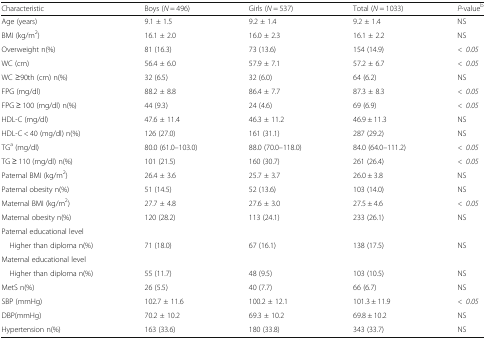
<table><thead><tr><td><b>Characteristic</b></td><td><b>Boys (<i>N</i> = 496)</b></td><td><b>Girls (<i>N</i> = 537)</b></td><td><b>Total (<i>N</i> = 1033)</b></td><td><b><i>P</i>-value<sup>b</sup></b></td></tr></thead><tbody><tr><td>Age (years)</td><td>9.1 ± 1.5</td><td>9.2 ± 1.4</td><td>9.2 ± 1.4</td><td>NS</td></tr><tr><td>BMI (kg/m<sup>2</sup>)</td><td>16.1 ± 2.0</td><td>16.0 ± 2.3</td><td>16.1 ± 2.2</td><td>NS</td></tr><tr><td>Overweight n(%)</td><td>81 (16.3)</td><td>73 (13.6)</td><td>154 (14.9)</td><td><i>&lt;0.05</i></td></tr><tr><td>WC (cm)</td><td>56.4 ± 6.0</td><td>57.9 ± 7.1</td><td>57.2 ± 6.7</td><td><i>&lt;0.05</i></td></tr><tr><td>WC ≥90th (cm) n(%)</td><td>32 (6.5)</td><td>32 (6.0)</td><td>64 (6.2)</td><td>NS</td></tr><tr><td>FPG (mg/dl)</td><td>88.2 ± 8.8</td><td>86.4 ± 7.7</td><td>87.3 ± 8.3</td><td><i>&lt;0.05</i></td></tr><tr><td>FPG ≥ 100 (mg/dl) n(%)</td><td>44 (9.3)</td><td>24 (4.6)</td><td>69 (6.9)</td><td><i>&lt;0.05</i></td></tr><tr><td>HDL-C (mg/dl)</td><td>47.6 ± 11.4</td><td>46.3 ± 11.2</td><td>46.9 ± 11.3</td><td>NS</td></tr><tr><td>HDL-C &lt; 40 (mg/dl) n(%)</td><td>126 (27.0)</td><td>161 (31.1)</td><td>287 (29.2)</td><td>NS</td></tr><tr><td>TG<sup>a</sup> (mg/dl)</td><td>80.0 (61.0–103.0)</td><td>88.0 (70.0–118.0)</td><td>84.0 (64.0–111.2)</td><td><i>&lt;0.05</i></td></tr><tr><td>TG ≥ 110 (mg/dl) n(%)</td><td>101 (21.5)</td><td>160 (30.7)</td><td>261 (26.4)</td><td><i>&lt;0.05</i></td></tr><tr><td>Paternal BMI (kg/m<sup>2</sup>)</td><td>26.4 ± 3.6</td><td>25.7 ± 3.7</td><td>26.0 ± 3.8</td><td>NS</td></tr><tr><td>Paternal obesity n(%)</td><td>51 (14.5)</td><td>52 (13.6)</td><td>103 (14.0)</td><td>NS</td></tr><tr><td>Maternal BMI (kg/m<sup>2</sup>)</td><td>27.7 ± 4.8</td><td>27.6 ± 3.0</td><td>27.5 ± 4.6</td><td><i>&lt;0.05</i></td></tr><tr><td>Maternal obesity n(%)</td><td>120 (28.2)</td><td>113 (24.1)</td><td>233 (26.1)</td><td>NS</td></tr><tr><td colspan="5">Paternal educational level</td></tr><tr><td> Higher than diploma n(%)</td><td>71 (18.0)</td><td>67 (16.1)</td><td>138 (17.5)</td><td>NS</td></tr><tr><td colspan="5">Maternal educational level</td></tr><tr><td> Higher than diploma n(%)</td><td>55 (11.7)</td><td>48 (9.5)</td><td>103 (10.5)</td><td>NS</td></tr><tr><td>MetS n(%)</td><td>26 (5.5)</td><td>40 (7.7)</td><td>66 (6.7)</td><td>NS</td></tr><tr><td>SBP (mmHg)</td><td>102.7 ± 11.6</td><td>100.2 ± 12.1</td><td>101.3 ± 11.9</td><td><i>&lt;0.05</i></td></tr><tr><td>DBP(mmHg)</td><td>70.2 ± 10.2</td><td>69.3 ± 10.2</td><td>69.8 ± 10.2</td><td>NS</td></tr><tr><td>Hypertension n(%)</td><td>163 (33.6)</td><td>180 (33.8)</td><td>343 (33.7)</td><td>NS</td></tr></tbody></table>